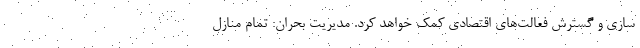
سازی و گسترش فعالت‌های اقتصادی کمک خواهد کرد. مدیریت بحران: تمام منازل